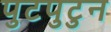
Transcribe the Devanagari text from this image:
पुटपुटुन